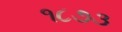
૧૮૭૩